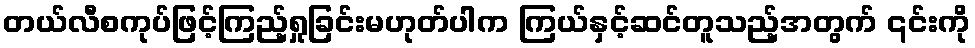
တယ်လီစကုပ်ဖြင့်ကြည့်ရှုခြင်းမဟုတ်ပါက ကြယ်နှင့်ဆင်တူသည့်အတွက် ၎င်းကို